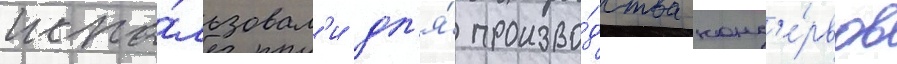
испо́льзовал'и дл'я́ произво́дства конс'е́рвов